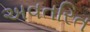
અવતરિત